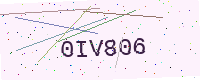
Text: 0IV806